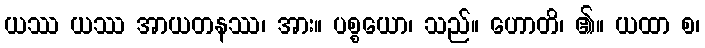
ယဿ ယဿ အာယတနဿ၊ အား။ ပစ္စယော၊ သည်။ ဟောတိ၊ ၏။ ယထာ စ၊